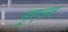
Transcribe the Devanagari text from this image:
मूएजर